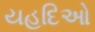
યહૂદિઓ